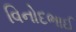
વિનોદભાઈ